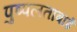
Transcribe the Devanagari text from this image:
पुष्पलताबाई